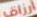
أرزاق